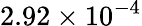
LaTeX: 2.92\times 10^{-4}